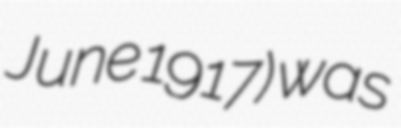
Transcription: June 1917) was